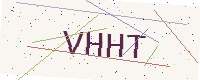
Text: VHHT